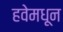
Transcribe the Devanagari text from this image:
हवेमधून